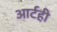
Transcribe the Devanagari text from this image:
आर्टही